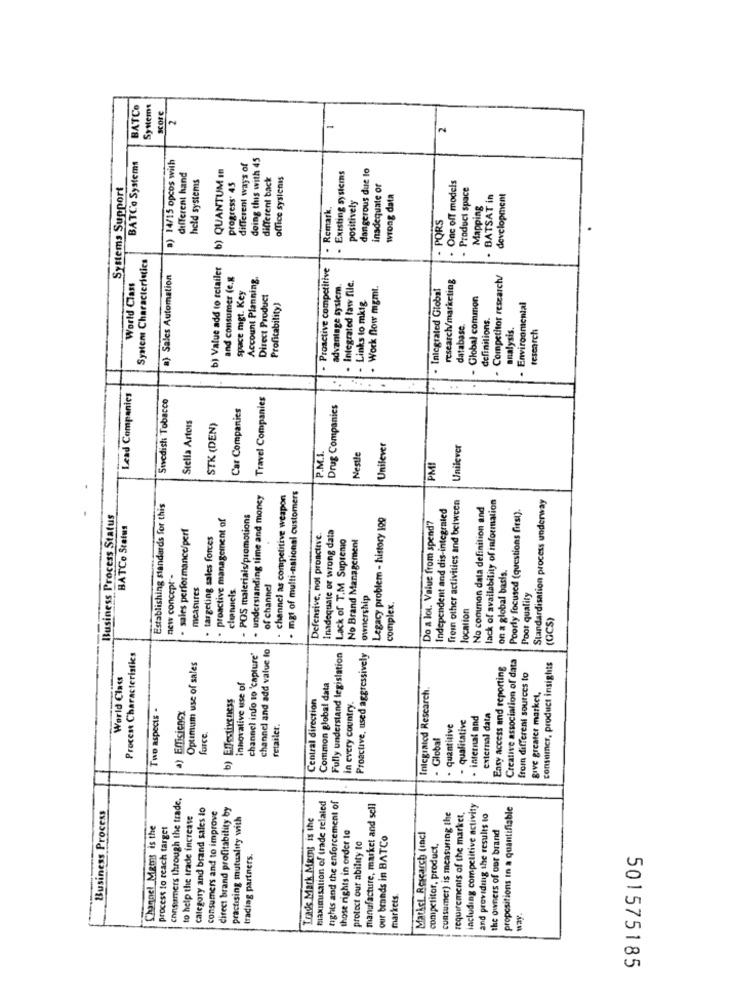
BATCO
score
2
2
doing this with 45
BATCo Systems
a) 14/15 opcos with
different ways of
dangerous due lo
different hand
held systems
b) QUANTUM In
different back
office systemis
. Existing systems
One off models
Systems Support
progress* 45
inadequate or
- Produci space
positively
wrong data
· BATSAT in
development
Remark.
Mapping
- PQRS
System Characteristics
. .
b) Value add to retailer
- Proactive competitive
a) Sales Automation
and consumer (e.g
Account Planning,
research/marketing
. Competitor research/
World Class
advantage system
Integrated law file.
. Work flow mgmt.
Integrated Global
space mgt. Key
Direct Product
- Links to mktg
Global common
Profitability)
- Environmental
definitions.
database.
analysis.
research
Lead Companies
Swedish Tobacco
Travel Companies
......
Car Companies
Drug Companies
Stella Artois
STK (DEN)
P.M.I.
Unilever
Unilever
Nestle
PMI
understanding time and money
channel as competitive weapon
mgt of multi-national customers
frein other activities and between
lack of availability of information
Standardisation process underway
Establishing standards for this
Independent and dis-integrated
No common data definition and
Poorly focused (questions first).
Business Process Status
proactive management of
POS materials/promotions
Legacy problem - history 100
Do a lot. Value from spend?
BATCo Status
- sales performance/perf
Inadequate or wrong data
targeting sales forces
Defensive, not proactive.
Lack of T.M Supremo
No Brand Management
on a global basis.
new concept"-
measures
channels.
of channel
ownership
Poor quality
complex.
location
(GCS)
channel and add value to
Process Characteristics
channel info 10 'capture'
Fully understand legislation
Proactive, used aggressively
Creative association of data
Optimum use of sales
Easy access and reporting
consumer, product insights
World Class
from different sources to
Innovative use of
Common global data
Integrated Research.
Effectiveness
Central direction
give greater market,
Two aspects -
a) Efficiency
in every country.
qualitative
internal and
external data
retailer.
quantitive
OFCe.
- Global
b)
consumers through the trade,
Business Process
category and brand sales to
consumers and to improve
direct brand profitability by
maximisation of trade relaled
tights and the enforcement of
manufacture, market and sell
including competitive activity
propositions In a quantifiable
to help the trade increase
practising mutuality with
Trade Mark Meint is the
consumer) is measuring the
requirements of the market.
and providing the results to
Chagne! Mams is the
process to reach target
those rights in order to
the owners of our brand
our brands in BATCo
Matici Research (Incl
protect our ability to
competitor, product,
trading partners.
markets.
way.
501575185